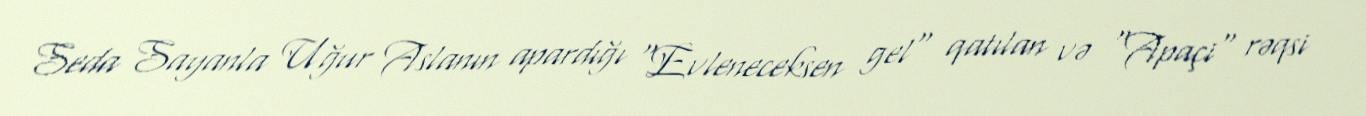
Seda Sayanla Uğur Aslanın apardığı "Evleneceksen gel" qatılan və "Apaçi" rəqsi